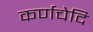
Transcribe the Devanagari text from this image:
कर्णचेदि